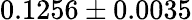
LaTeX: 0.1256\pm 0.0035